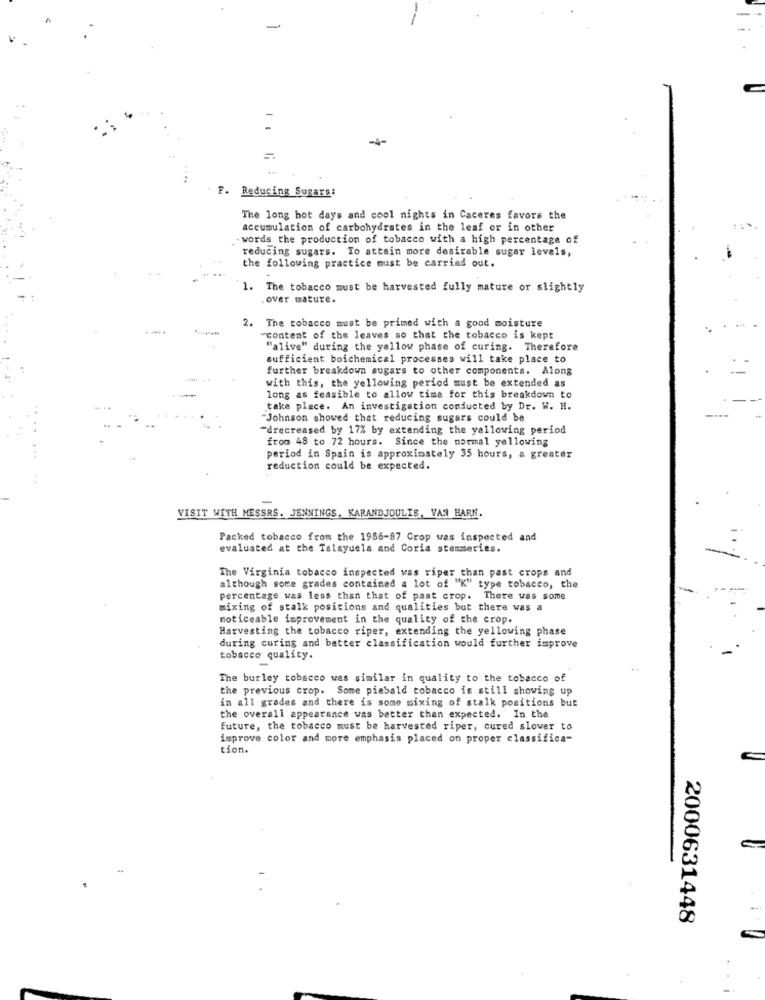
-
-4-
....
F. Reducing Sugars:
The long hot days and cool nights in Caceres favors the
accumulation of carbohydrates in the leaf or in other
. words the production of tobacco with a high percentage of
reducing sugars. To attain more desirable sugar levels,
the following practice must be carried out.
1. The tobacco must be harvested fully mature or slightly
over mature.
2. The tobacco must be primed with a good moisture
-content of the leaves so that the tobacco is kept
"alive" during the yellow phase of curing. Therefore
sufficient boichemical processes will take place to
further breakdown sugars to other components. Along
with this, the yellowing period must be extended as
long as feasible to allow time for this breakdown to
take place. An investigation conducted by Dr. W. H.
"Johnson showed that reducing sugars could be
"drecreased by 17% by extending the yellowing period
from 48 to 72 hours. Since the normal yellowing
period in Spain is approximately 35 hours, a greater
reduction could be expected.
VISIT WITH MESSRS. JENNINGS, KARANDJOULIS, VAN HARK.
Packed tobacco from the 1986-87 Crop was inspected and
evaluated at the Talayuela and Coria stemmeries.
The Virginia tobacco inspected was riper than past crops and
although some grades contained a lot of "K" type tobacco, the
percentage was less than that of past crop. There was some
mixing of stalk positions and qualities but there was a
noticeable improvement in the quality of the erop.
Harvesting the tobacco riper, extending the yellowing phase
during curing and better classification would further improve
-
tobacco quality.
The burley tobacco was similar in quality to the tobacco of
the previous crop. Some piebald tobacco is still showing up
in all grades and there is some mixing of stalk positions but
the overall appearance was better than expected. In the
future, the tobacco must be harvested riper, cured slower to
improve color and more emphasis placed on proper classifica-
tion.
2000631448